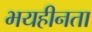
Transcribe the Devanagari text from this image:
भयहीनता